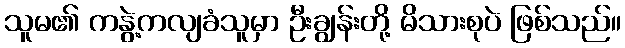
သူမ၏ ကနွဲ့ကလျခံသူမှာ ဦးချွန်းတို့ မိသားစုပဲ ဖြစ်သည်။